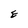
Character: E